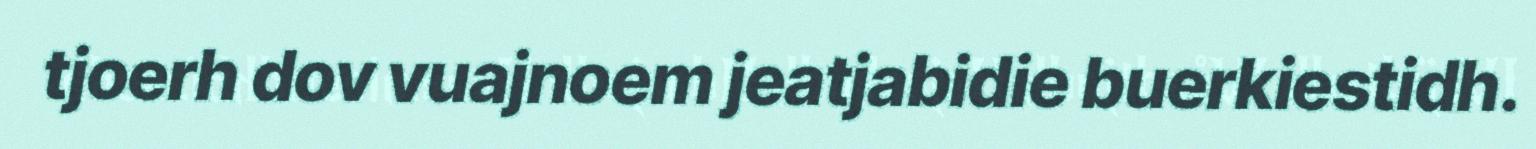
tjoerh dov vuajnoem jeatjabidie buerkiestidh.